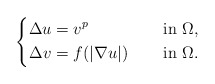
\begin{align*}\left\{\begin{aligned}\Delta u&=v^{p} &&\quad\mbox{ in } \Omega, \\\Delta v&=f(|\nabla u|) &&\quad\mbox{ in } \Omega.\end{aligned}\right.\end{align*}